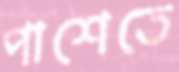
পাশেতে